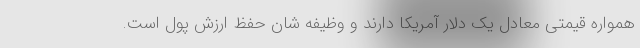
همواره قیمتی معادل یک دلار آمریکا دارند و وظیفه شان حفظ ارزش پول است.